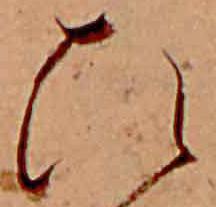
ひ